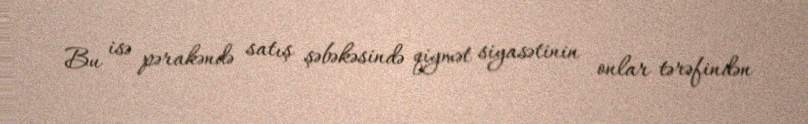
Bu isə pərakəndə satış şəbəkəsində qiymət siyasətinin onlar tərəfindən